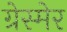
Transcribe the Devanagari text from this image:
ग्रेस्मेर